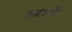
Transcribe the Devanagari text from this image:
उष्णबन्धीय